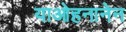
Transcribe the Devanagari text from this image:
याओहनानेन